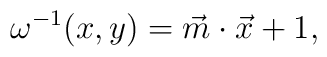
\omega^{-1}(x,y)= \vec{m} \cdot \vec{x}+1,